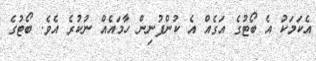
އެކަމަކު އެ ބޯޓުގެ އަގެއް އެ ކުންފުނިން ހާމައެއް ނުކުރެ އެވެ. ބޯޓުގެ